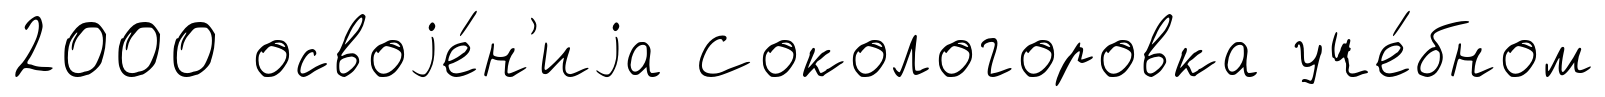
2000 освоjе́н'иjа Сокологоровка уче́бном